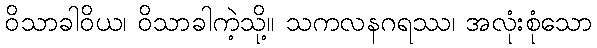
ဝိသာခါဝိယ၊ ဝိသာခါကဲ့သို့။ သကလနဂရဿ၊ အလုံးစုံသော